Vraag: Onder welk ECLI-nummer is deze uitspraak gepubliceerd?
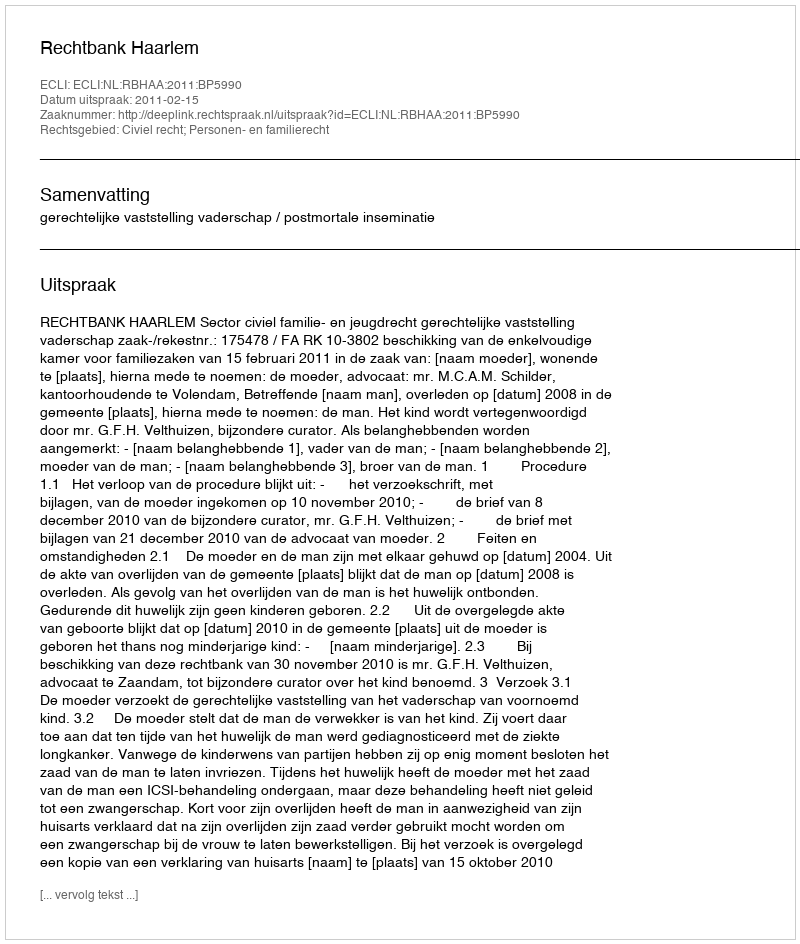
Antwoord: ECLI:NL:RBHAA:2011:BP5990